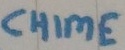
Text: chime